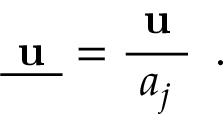
\underline { { \textbf { u } } } = \frac { \textbf { u } } { a _ { j } } \, \mathrm { ~ . ~ }